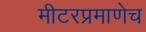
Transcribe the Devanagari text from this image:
मीटरप्रमाणेच